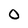
Character: O